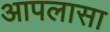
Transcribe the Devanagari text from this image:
आपलासा